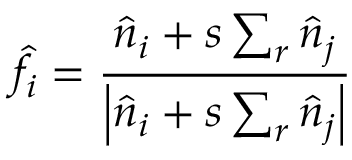
\hat { f } _ { i } = \frac { \hat { n } _ { i } + s \sum _ { r } \hat { n } _ { j } } { \left| \hat { n } _ { i } + s \sum _ { r } \hat { n } _ { j } \right| }